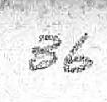
36